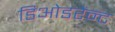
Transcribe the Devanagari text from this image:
डिओडरेन्ट